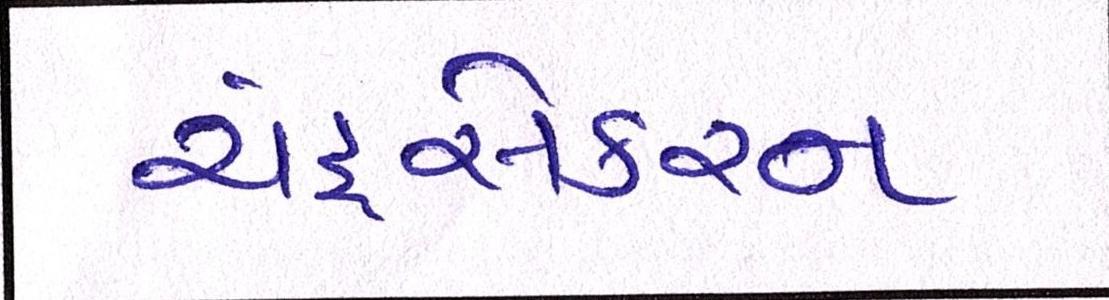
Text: ચંદ્રસેકરન